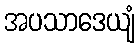
အပသာဒေယျံ